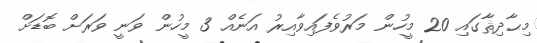
މިޙާދިޘާގައި 20 މީހުން މަރުވެފައިވާއިރު އަނެއް 3 މީހުން ވަނީ ވަރަށް ބޮޑަށް